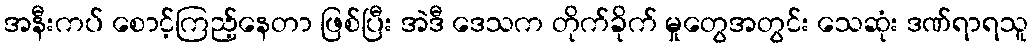
အနီးကပ် စောင့်ကြည့်နေတာ ဖြစ်ပြီး အဲဒီ ဒေသက တိုက်ခိုက် မှုတွေအတွင်း သေဆုံး ဒဏ်ရာရသူ